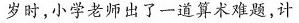
岁时，小学老师出了一道算术难题，计